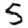
Digit: 5